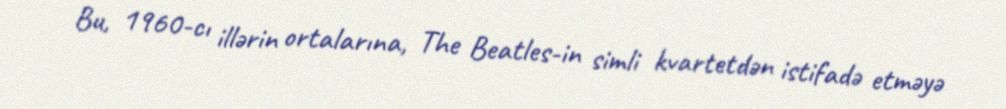
Bu, 1960-cı illərin ortalarına, The Beatles-in simli kvartetdən istifadə etməyə